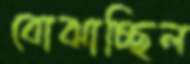
বোঝাচ্ছিল